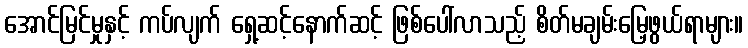
အောင်မြင်မှုနှင့် ကပ်လျက် ရှေ့ဆင့်နောက်ဆင့် ဖြစ်ပေါ်လာသည့် စိတ်မချမ်းမြေ့ဖွယ်ရာများ။